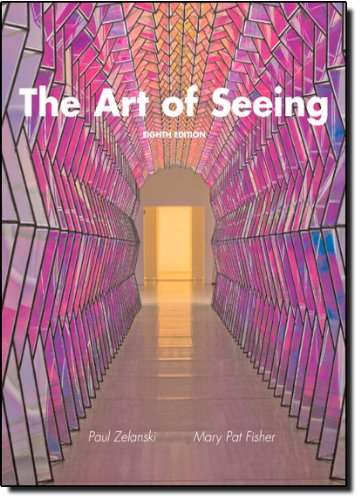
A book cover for The Art of Seeing (8th Edition); Paul J. Zelanski Professor Emeritus; Arts & Photography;